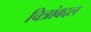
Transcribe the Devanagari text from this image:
चित्रांबद्दल